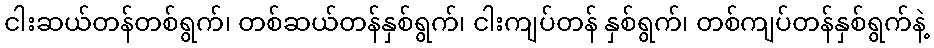
ငါးဆယ်တန်တစ်ရွက်၊ တစ်ဆယ်တန်နှစ်ရွက်၊ ငါးကျပ်တန် နှစ်ရွက်၊ တစ်ကျပ်တန်နှစ်ရွက်နဲ့